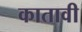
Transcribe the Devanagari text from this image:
कातावी